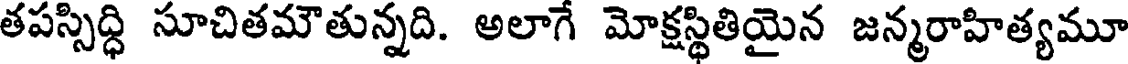
తపస్సిద్ధి సూచితమౌతున్నది. అలాగే మోక్షస్థితియైన జన్మరాహిత్యమూ